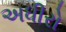
અધીરો